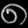
Digit: ၈